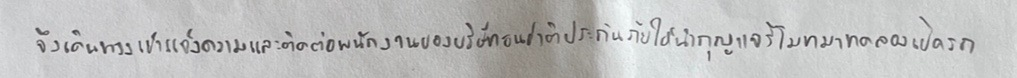
จึงเดินทางเข้าแจ้งความและติดต่อพนักงานของบริษัทธนชาติประกันภัยให้นำกุญแจรีโมทมาทดลองเปิดรถ